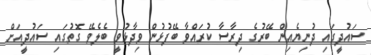
ސައުދީގައި ދުނިޔެއިން ބޭރުގެ ދިރާސާ ކުރައްވާ ބޭފުޅުން ވިދާޅުވީ ބެލެވޭ ގޮތުގައި ސައުދީއަށް